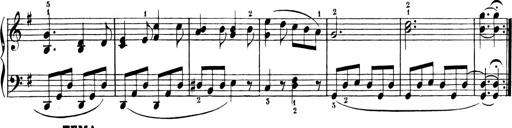
Title: Sonatinen Op.47, 98 und 136, nebst 6 Liedersonatinen
Composer: Carl Reinecke